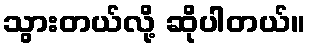
သွားတယ်လို့ ဆိုပါတယ်။